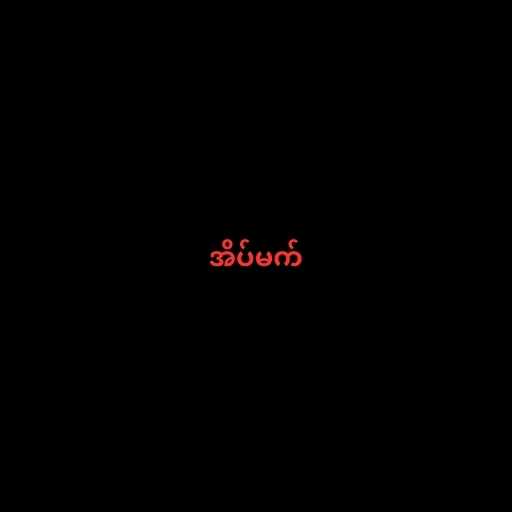
အိပ်မက်